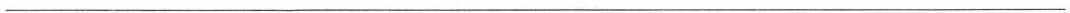
___